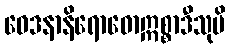
ဝေဒနာနိရောဓောဣစ္စာဒီသုပိ